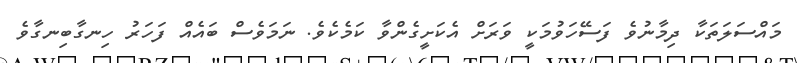
މައްސަލަތަކާ ދިމާނުވެ ފަސޭހަވުމަކީ ވަރަށް އެކަށީގެންވާ ކަމެކެވެ. ނަމަވެސް ބައެއް ފަހަރު ހިނގާބިނގާވެ